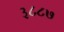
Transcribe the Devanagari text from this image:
३८८७